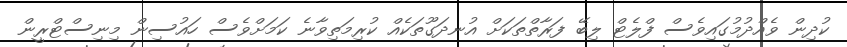
ކުދިން ވެއްދުމުގައިވެސް ފްލެޓް ލިބޭ ފަރާތްތަކަށް އުނދަގޫތަކެއް ކުރިމަތިވާނެ ކަމަށްވެސް ހައުސިން މިނިސްޓްރީން